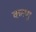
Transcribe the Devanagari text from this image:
करणु